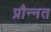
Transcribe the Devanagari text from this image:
प्रौन्‍नत